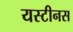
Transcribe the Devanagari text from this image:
यस्टीनस